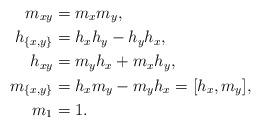
LaTeX: \begin{align*}m_{xy} &= m_x m_y, \\h_{\{x,y\}} &= h_x h_y - h_y h_x, \\h_{xy} &= m_yh_x + m_xh_y, \\m_{\{x,y\}} &= h_xm_y - m_yh_x = [h_x,m_y], \\m_1 &= 1. \end{align*}